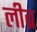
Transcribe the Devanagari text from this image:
लीब्र